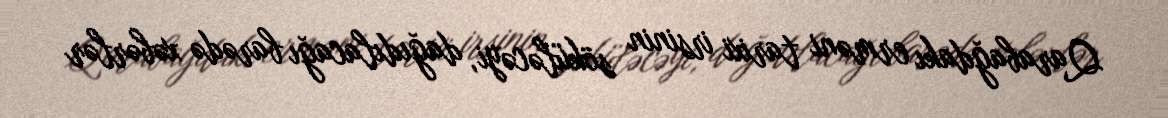
Qarabağdakı erməni tarixi irsinin söküləcəyi, dağıdılacağı barədə xəbərlər